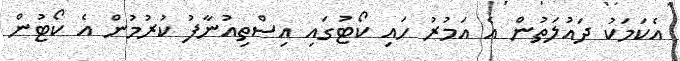
އެކަމަކު ދައުލަތުން އެ އަމުރު ހައި ކޯޓުގައި އިސްތިއުނާފު ކުރުމުން އެ ކޯޓުން